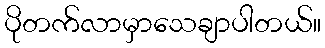
ပိုတက်လာမှာသေချာပါတယ်။